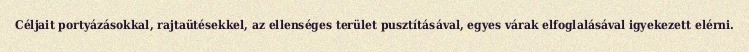
Céljait portyázásokkal, rajtaütésekkel, az ellenséges terület pusztításával, egyes várak elfoglalásával igyekezett elérni.